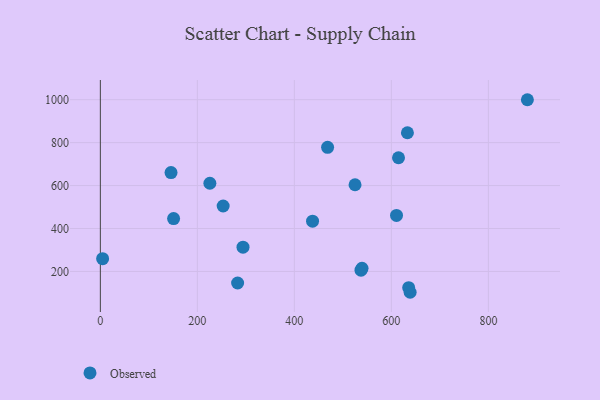
{"axis": {"x": "Experience", "y": "Fuel Efficiency"}, "legend": ["Observed"], "data": [{"x": "294.1", "y": 312.9, "type": "Observed"}, {"x": "283.0", "y": 146.1, "type": "Observed"}, {"x": "537.4", "y": 206.0, "type": "Observed"}, {"x": "253.2", "y": 504.9, "type": "Observed"}, {"x": "4.7", "y": 259.5, "type": "Observed"}, {"x": "145.7", "y": 660.5, "type": "Observed"}, {"x": "638.7", "y": 102.9, "type": "Observed"}, {"x": "610.6", "y": 460.7, "type": "Observed"}, {"x": "225.8", "y": 610.7, "type": "Observed"}, {"x": "437.5", "y": 434.0, "type": "Observed"}, {"x": "539.5", "y": 214.3, "type": "Observed"}, {"x": "525.1", "y": 603.9, "type": "Observed"}, {"x": "468.5", "y": 778.1, "type": "Observed"}, {"x": "880.4", "y": 999.9, "type": "Observed"}, {"x": "614.7", "y": 729.7, "type": "Observed"}, {"x": "633.1", "y": 846.1, "type": "Observed"}, {"x": "635.7", "y": 124.1, "type": "Observed"}, {"x": "151.0", "y": 446.2, "type": "Observed"}]}